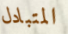
المتبادل